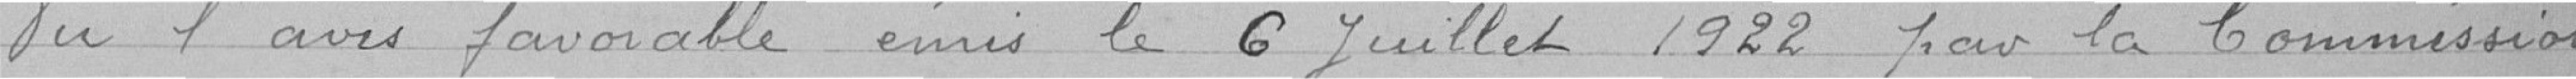
Yu l'avis favorable émis le 6 Juillet 1922 par la Commission